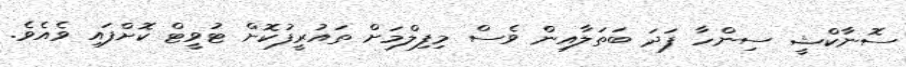
ސޮނާކްޝީ ސިންހާ ފަދަ ބަތަލާއިން ވެސް މިފިލްމަށް ތައުރީފުކޮށް ޓުވީޓް ކޮށްފައި ވެއެވެ.